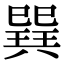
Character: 𢁌